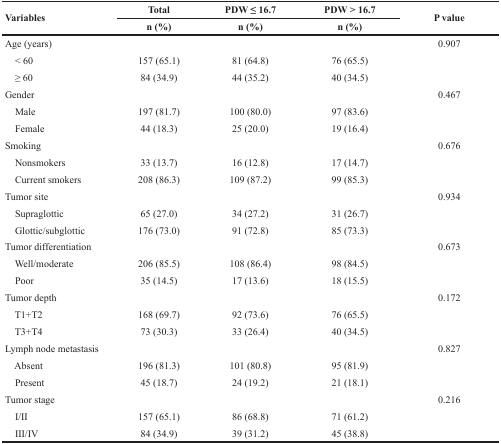
<table><thead><tr><td rowspan="2"><b>Variables</b></td><td><b>Total</b></td><td><b>PDW ≤ 16.7</b></td><td><b>PDW &gt; 16.7</b></td><td rowspan="2"><b>P value</b></td></tr><tr><td><b>n (%)</b></td><td><b>n (%)</b></td><td><b>n (%)</b></td></tr></thead><tbody><tr><td>Age (years)</td><td></td><td></td><td></td><td>0.907</td></tr><tr><td> &lt; 60</td><td>157 (65.1)</td><td>81 (64.8)</td><td>76 (65.5)</td><td></td></tr><tr><td> ≥ 60</td><td>84 (34.9)</td><td>44 (35.2)</td><td>40 (34.5)</td><td></td></tr><tr><td>Gender</td><td></td><td></td><td></td><td>0.467</td></tr><tr><td> Male</td><td>197 (81.7)</td><td>100 (80.0)</td><td>97 (83.6)</td><td></td></tr><tr><td> Female</td><td>44 (18.3)</td><td>25 (20.0)</td><td>19 (16.4)</td><td></td></tr><tr><td>Smoking</td><td></td><td></td><td></td><td>0.676</td></tr><tr><td> Nonsmokers</td><td>33 (13.7)</td><td>16 (12.8)</td><td>17 (14.7)</td><td></td></tr><tr><td> Current smokers</td><td>208 (86.3)</td><td>109 (87.2)</td><td>99 (85.3)</td><td></td></tr><tr><td>Tumor site</td><td></td><td></td><td></td><td>0.934</td></tr><tr><td> Supraglottic</td><td>65 (27.0)</td><td>34 (27.2)</td><td>31 (26.7)</td><td></td></tr><tr><td> Glottic/subglottic</td><td>176 (73.0)</td><td>91 (72.8)</td><td>85 (73.3)</td><td></td></tr><tr><td>Tumor differentiation</td><td></td><td></td><td></td><td>0.673</td></tr><tr><td> Well/moderate</td><td>206 (85.5)</td><td>108 (86.4)</td><td>98 (84.5)</td><td></td></tr><tr><td> Poor</td><td>35 (14.5)</td><td>17 (13.6)</td><td>18 (15.5)</td><td></td></tr><tr><td>Tumor depth</td><td></td><td></td><td></td><td>0.172</td></tr><tr><td> T1+T2</td><td>168 (69.7)</td><td>92 (73.6)</td><td>76 (65.5)</td><td></td></tr><tr><td> T3+T4</td><td>73 (30.3)</td><td>33 (26.4)</td><td>40 (34.5)</td><td></td></tr><tr><td>Lymph node metastasis</td><td></td><td></td><td></td><td>0.827</td></tr><tr><td> Absent</td><td>196 (81.3)</td><td>101 (80.8)</td><td>95 (81.9)</td><td></td></tr><tr><td> Present</td><td>45 (18.7)</td><td>24 (19.2)</td><td>21 (18.1)</td><td></td></tr><tr><td>Tumor stage</td><td></td><td></td><td></td><td>0.216</td></tr><tr><td> I/II</td><td>157 (65.1)</td><td>86 (68.8)</td><td>71 (61.2)</td><td></td></tr><tr><td> III/IV</td><td>84 (34.9)</td><td>39 (31.2)</td><td>45 (38.8)</td><td></td></tr></tbody></table>